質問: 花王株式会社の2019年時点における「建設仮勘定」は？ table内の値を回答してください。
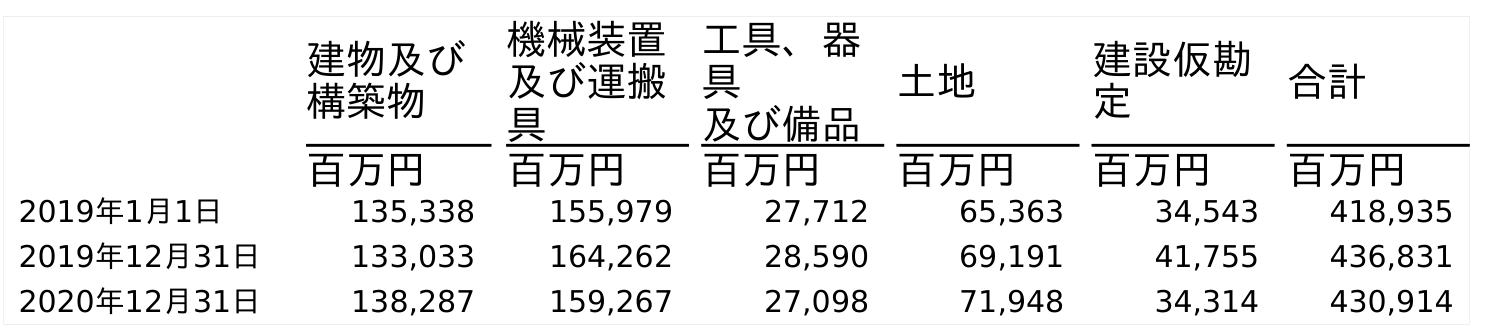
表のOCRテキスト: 建物及び 構築物 機械装置 及び運搬 具 工具、器 具 及び備品 土地 建設仮勘 定 合計 百万円 百万円 百万円 百万円 百万円 百万円 2019年1月1日 135,338 155,979 27,712 65,363 34,543 418,935 2019年12月31日 133,033 164,262 28,590 69,191 41,755 436,831 2020年12月31日 138,287 159,267 27,098 71,948 34,314 430,914
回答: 41,755